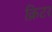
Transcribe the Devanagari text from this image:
क्रिटर